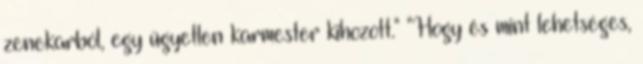
zenekarból, egy ügyetlen karmester kihozott." "Hogy és mint lehetséges,